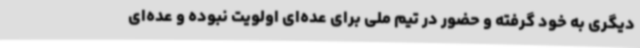
دیگری به خود گرفته و حضور در تیم ملی برای عده‌ای اولویت نبوده و عده‌ای